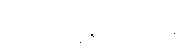
ရင်ဆိုင်ခဲ့ရကြောင်း